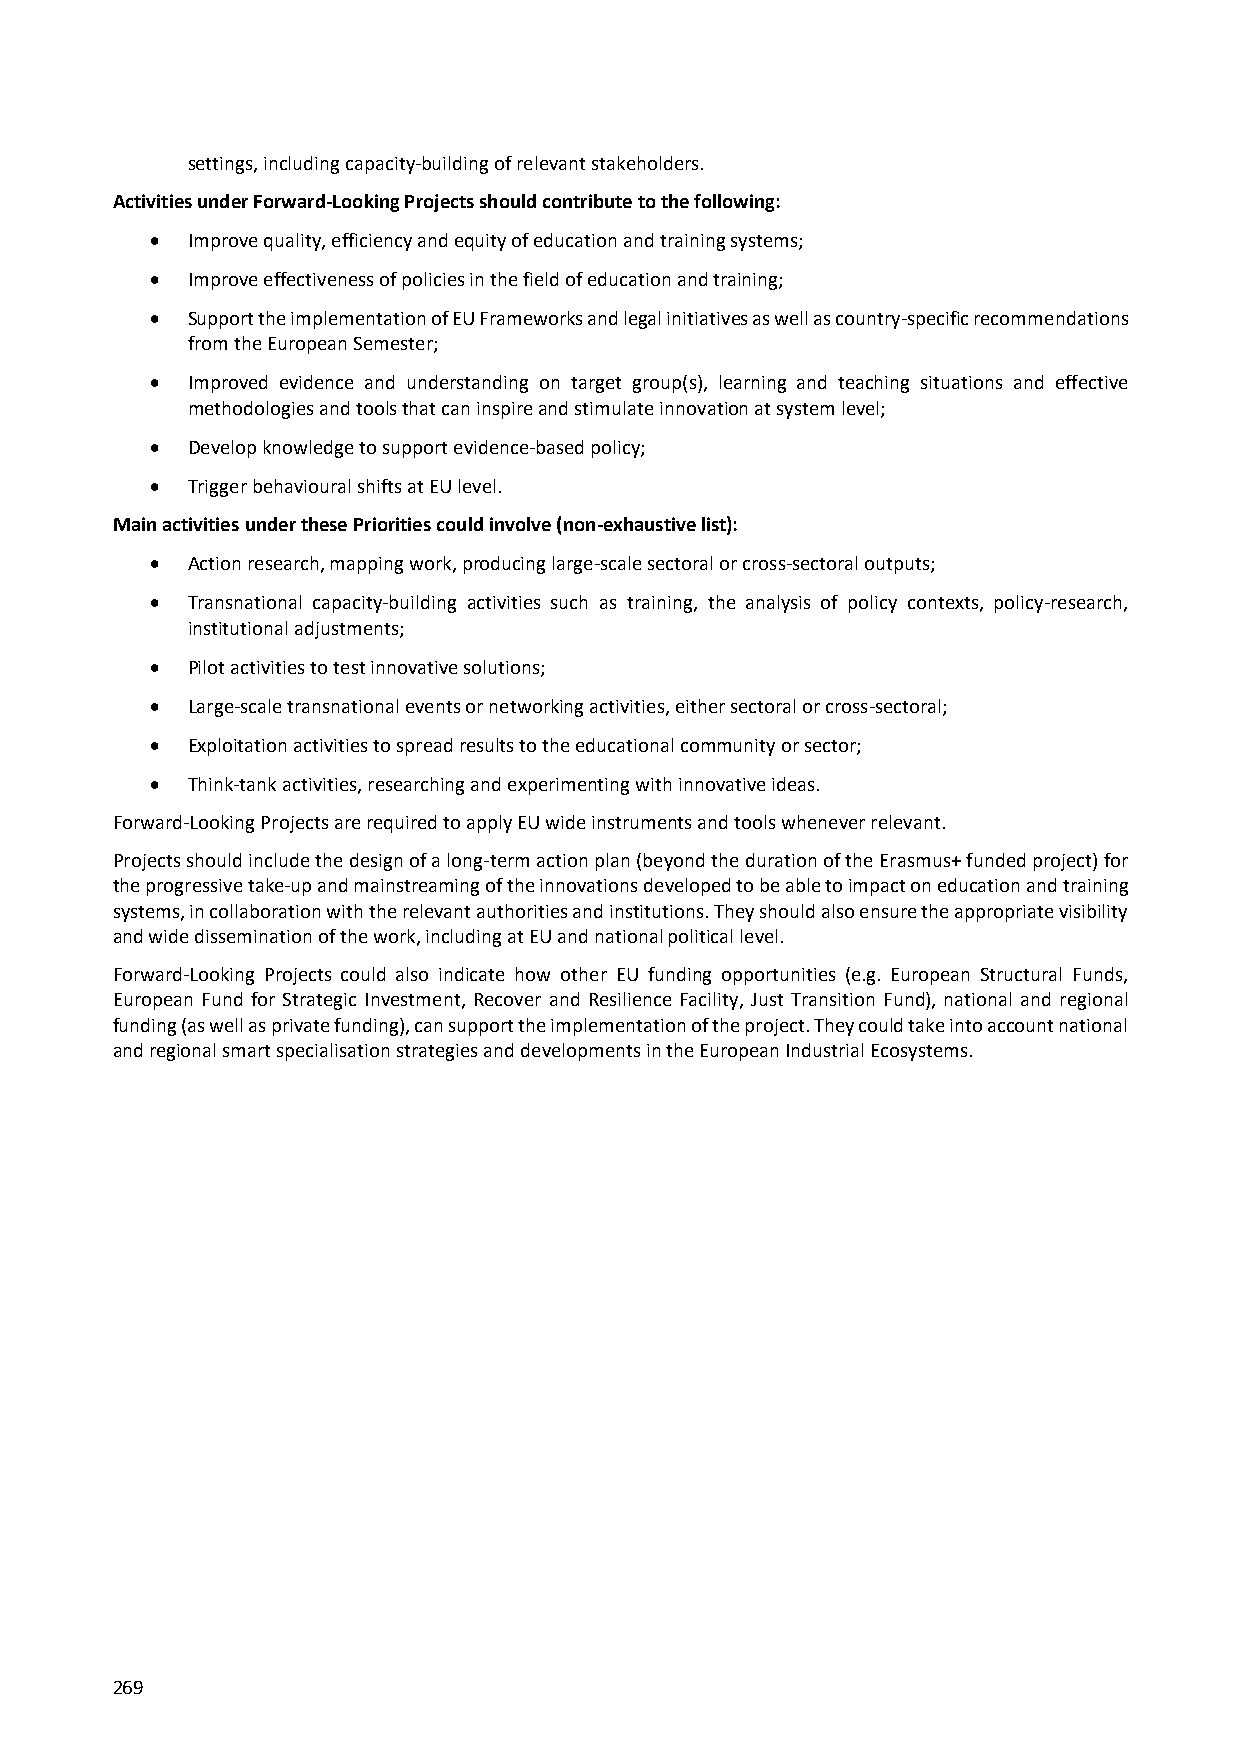
settings, including capacity‐building of relevant stakeholders.
 Activities under Forward‐Looking Projects should contribute to the following:
  Improve quality, efficiency and equity of education and training systems;
  Improve effectiveness of policies in the field of education and training;
  Support the implementation of EU Frameworks and legal initiatives as well as country‐specific recommendations
 from the European Semester;
  Improved evidence and understanding on target group(s), learning and teaching situations and effective
 methodologies and tools that can inspire and stimulate innovation at system level;
  Develop knowledge to support evidence‐based policy;
  Trigger behavioural shifts at EU level.
 Main activities under these Priorities could involve (non‐exhaustive list):
  Action research, mapping work, producing large‐scale sectoral or cross‐sectoral outputs;
  Transnational capacity‐building activities such as training, the analysis of policy contexts, policy‐research,
 institutional adjustments;
  Pilot activities to test innovative solutions;
  Large‐scale transnational events or networking activities, either sectoral or cross‐sectoral;
  Exploitation activities to spread results to the educational community or sector;
  Think‐tank activities, researching and experimenting with innovative ideas.
 Forward‐Looking Projects are required to apply EU wide instruments and tools whenever relevant.
 Projects should include the design of a long‐term action plan (beyond the duration of the Erasmus+ funded project) for
 the progressive take‐up and mainstreaming of the innovations developed to be able to impact on education and training
 systems, in collaboration with the relevant authorities and institutions. They should also ensure the appropriate visibility
 and wide dissemination of the work, including at EU and national political level.
 Forward‐Looking Projects could also indicate how other EU funding opportunities (e.g. European Structural Funds,
 European Fund for Strategic Investment, Recover and Resilience Facility, Just Transition Fund), national and regional
 funding (as well as private funding), can support the implementation of the project. They could take into account national
 and regional smart specialisation strategies and developments in the European Industrial Ecosystems.
 269